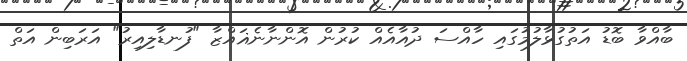
ބާއްވާ ބޮޑު އަތުގުޅާލުމުގައި ހާއްސަ ދުއާއެއް ކުރުން އޮންނާނެޣައްޒާ "ފުނޑާލިއިރު" އަރަބިން އަތް